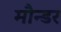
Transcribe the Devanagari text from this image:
मौन्डर